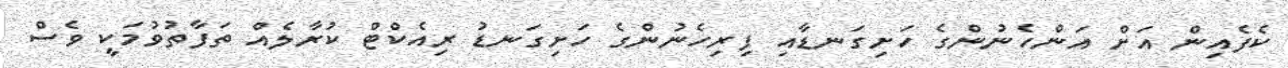
ކެފެއިން އަށް އަންހެނުންގެ ހަށިގަނޑާއި ފިރިހެނުންގެ ހަށިގަނޑު ރިއެކްޓް ކުރާލެއް ތަފާތުވުމަކީ ވެސް